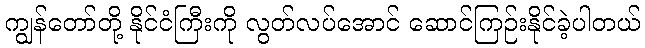
ကျွန်တော်တို့ နိုင်ငံကြီးကို လွတ်လပ်အောင် ဆောင်ကြဉ်းနိုင်ခဲ့ပါတယ်